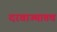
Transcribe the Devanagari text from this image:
दरवाज्यातच